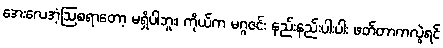
အေးလေအံ့ဩစရာတော့ မရှိပါဘူး၊ ကိုယ်က မဂ္ဂဇင်း နည်းနည်းပါးပါး ဖတ်တာကလွဲရင်